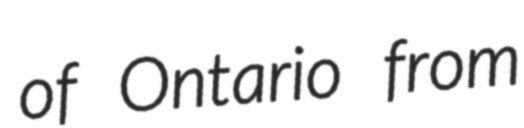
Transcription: of Ontario from